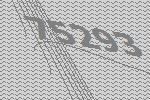
75293